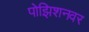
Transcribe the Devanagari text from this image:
पोझिशनवर